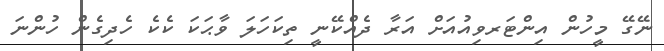
ނޭގޭ މީހުން އިންޓަރވިއުއަށް އަރާ ދެއްކޭނީ ތިކަހަލަ ވާޙަކަ ކެކެ ހެދިގެން ހުންނަ